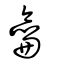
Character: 龠